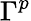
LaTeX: \Gamma^{p}